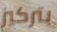
بتركيز